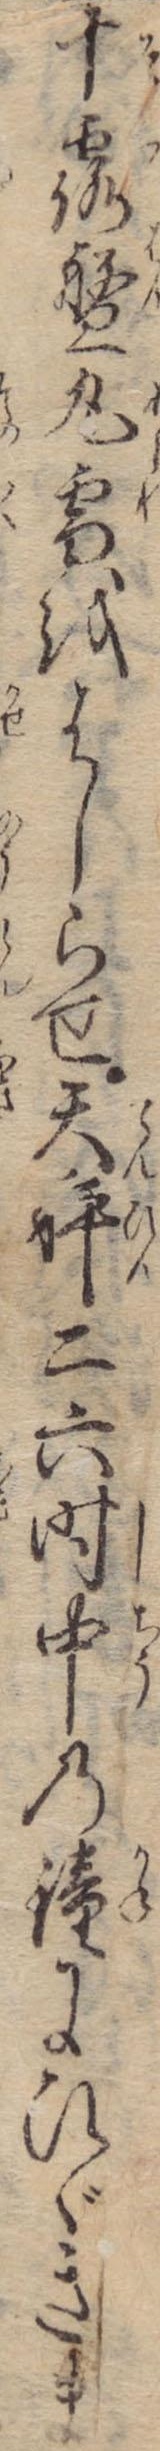
十露盤丸雪をはしらせ天秤二六時中の鐘にひゞきま